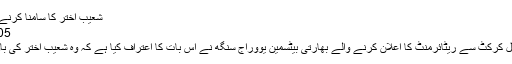
شعیب اختر کا سامنا کرنے کیلئے بڑا حوصلہ چاہیے ہوتا
11:05 AM, 12 Jun, 2019
نئی دہلی: گزشتہ دنوں انٹرنیشنل کرکٹ سے ریٹائرمنٹ کا اعلان کرنے والے بھارتی بیٹسمین یووراج سنگھ نے اس بات کا اعتراف کیا ہے کہ وہ شعیب اختر کی باﺅلنگ سے خوفزدہ رہتے تھے۔